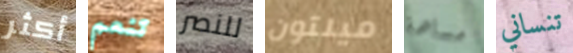
أكثر تنعم للنصر ميلتون مساهمة تنساني